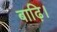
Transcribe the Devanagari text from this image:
बाढ़ि।